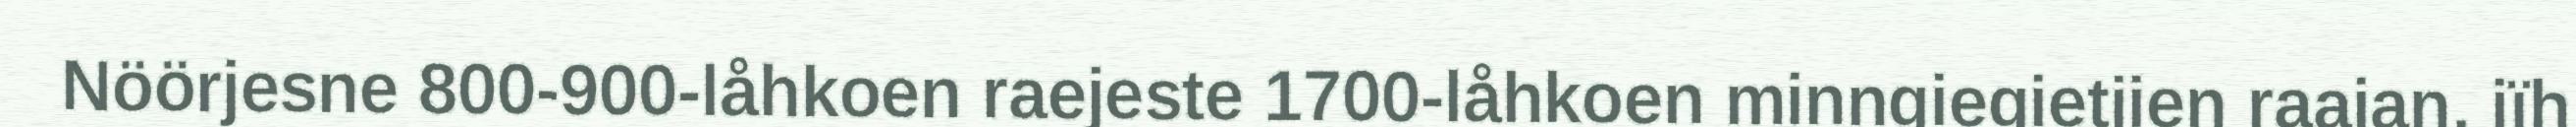
Nöörjesne 800-900-låhkoen raejeste 1700-låhkoen minngiegietjien raajan, jïh